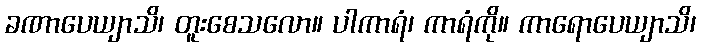
ခဏာပေယျာသိ၊ တူးစေသလော။ ပါကာရံ၊ ကာရံကို။ ကာရောပေယျာသိ၊